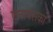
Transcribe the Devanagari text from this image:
एलायंसका